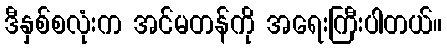
ဒီနှစ်စလုံးက အင်မတန်ကို အရေးကြီးပါတယ်။